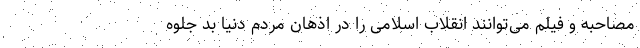
مصاحبه و فیلم می‌توانند انقلاب اسلامی را در اذهان مردم دنیا بد جلوه